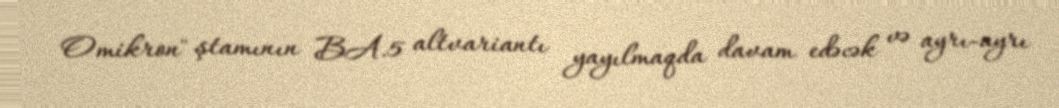
Omikron" ştamının BA.5 altvariantı yayılmaqda davam edəcək və ayrı-ayrı